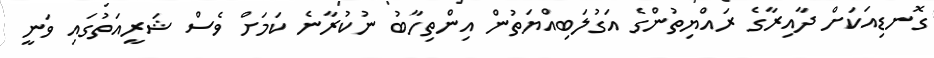
ގޮނޑިއަކަށް ދާއިރާގެ ރައްޔިތުންގެ އަގުލަބިއްޔަތުން އިންތިހާބު ނުކުރާނެ ކަމަށް ވެސް ޝަރީއަތުގައި ވަނީ